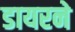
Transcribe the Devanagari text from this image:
डायरने